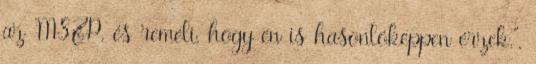
az MSZP, és reméli, hogy én is hasonlóképpen ér­zek.”.